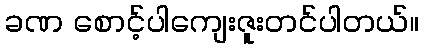
ခဏ စောင့်ပါကျေးဇူးတင်ပါတယ်။